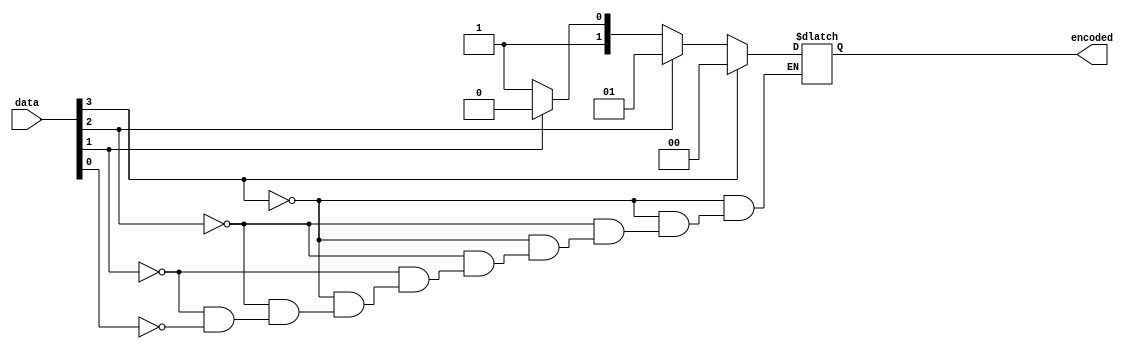
module priority_encoder(
  input [3:0] data,
  output reg [1:0] encoded
);

always @*
begin
  if(data[3] == 1)
    encoded = 2'b00;
  else if(data[2] == 1)
    encoded = 2'b01;
  else if(data[1] == 1)
    encoded = 2'b10;
  else if(data[0] == 1)
    encoded = 2'b11;
end

endmodule